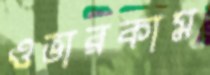
ওভারকাম